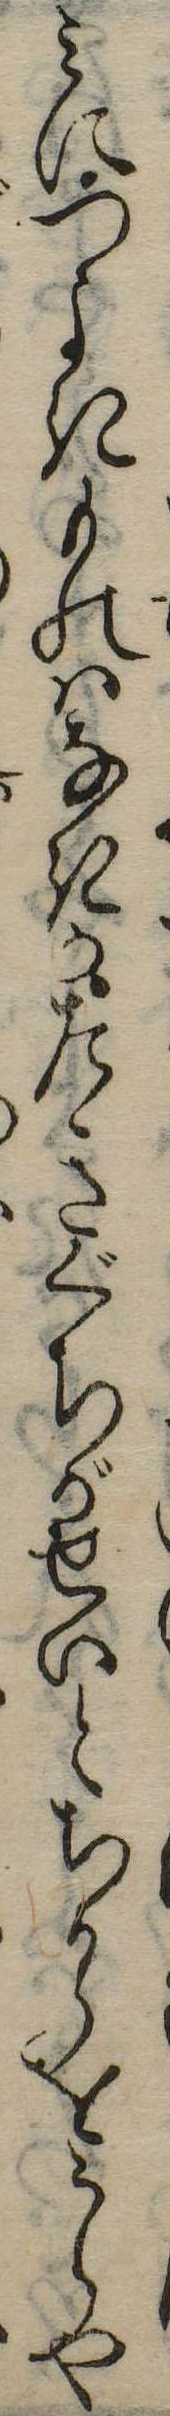
みにつよきものはなきかたきぐちがせいとちからをうらや